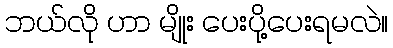
ဘယ်လို ဟာ မျိုး ပေးပို့ပေးရမလဲ။